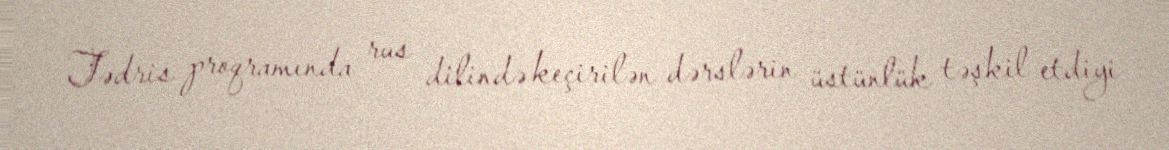
Tədris proqramında rus dilində keçirilən dərslərin üstünlük təşkil etdiyi